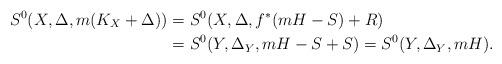
LaTeX: \begin{align*} S^0(X,\Delta,m(K_X+\Delta))&=S^0(X,\Delta,f^*(mH-S)+R) \\ &=S^0(Y,\Delta_Y,mH-S+S)=S^0(Y,\Delta_Y,mH). \end{align*}